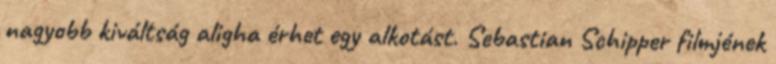
nagyobb kiváltság aligha érhet egy alkotást. Sebastian Schipper filmjének